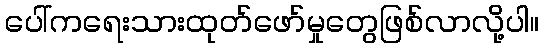
ပေါ်ကရေးသားထုတ်ဖော်မှုတွေဖြစ်လာလို့ပါ။